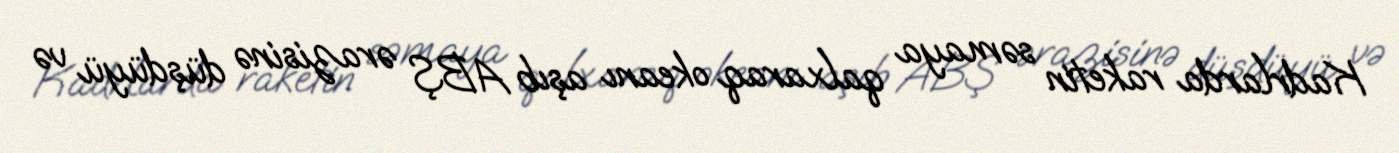
Kadrlarda raketin səmaya qalxaraq okeanı aşıb ABŞ ərazisinə düşdüyü və